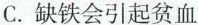
C.缺铁会引起贫血